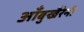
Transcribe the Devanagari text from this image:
आँबुखैरेनी